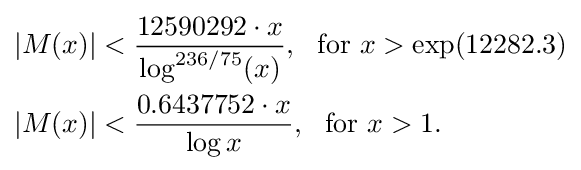
{\begin{aligned}|M(x)|&<{\frac {12590292\cdot x}{\log ^{236/75}(x)}},\ {\text{ for }}x>\exp(12282.3)\\|M(x)|&<{\frac {0.6437752\cdot x}{\log x}},\ {\text{ for }}x>1.\end{aligned}}